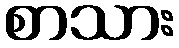
စာသား